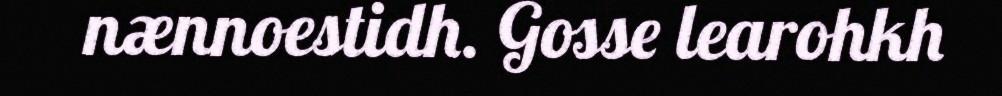
nænnoestidh. Gosse learohkh